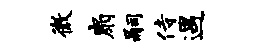
微扇嗣侍遇